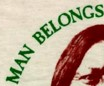
MAN BELONGS